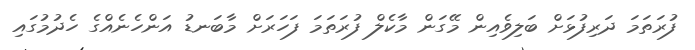
ފުރަތަމަ ދަރިފުޅަށް ބަލިވެއިން މޭގަން މާކެލް ފުރަތަމަ ފަހަރަށް މާބަނޑު އަންހެނެއްގެ ހެދުމުގައި